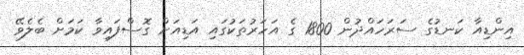
އިންޑިއާ ކަނޑުގެ ސަރަހައްދުން 1800 ގެ އަހަރުތަކުގައި އަޑިއަށް ގޮސްފައިވާ ކަމަށް ބެލެވޭ